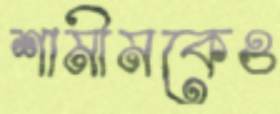
শামীমকেও